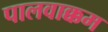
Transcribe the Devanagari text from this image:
पालवाक्कम